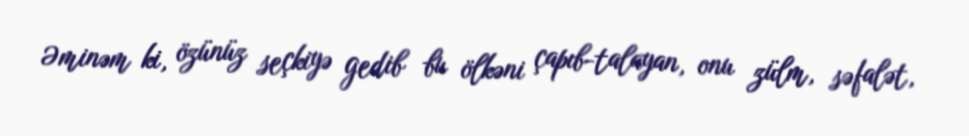
Əminəm ki, özünüz seçkiyə gedib bu ölkəni çapıb-talayan, onu zülm, səfalət,